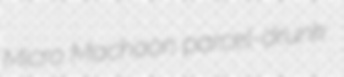
Micro Machaon parcel-drunk